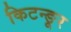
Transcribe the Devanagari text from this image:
किटन्ङूर